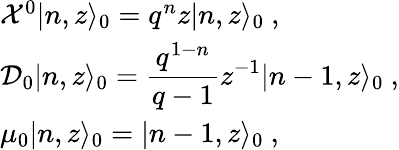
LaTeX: \begin{array}{l}{{{\cal X}^{0}\vert n,z\rangle_{0}=q^{n}z\vert n,z\rangle_{0}~,}}\\ {{{\cal D}_{0}\vert n,z\rangle_{0}=\displaystyle\frac{q^{1-n}}{q-1}z^{-1}\vert n-1,z\rangle_{0}~,}}\\ {{\mu_{0}\vert n,z\rangle_{0}=\vert n-1,z\rangle_{0}~,}}\end{array}